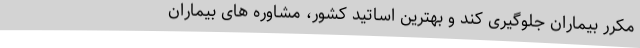
مکرر بیماران جلوگیری کند و بهترین اساتید کشور، مشاوره های بیماران